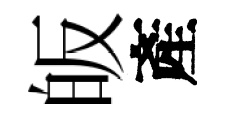
皈產